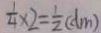
\frac { 1 } { 4 } \times 2 = \frac { 1 } { 2 } ( d m )